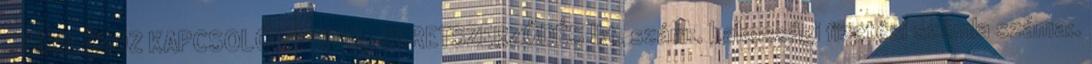
SZÁMLÁHOZ KAPCSOLÓDÓ HITEL-KERETSZERZŐDÉS Ikt. szám:. Lakossági fizetési számla száma:.